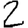
Digit: 2